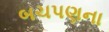
બચપણના